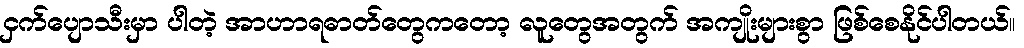
ငှက်ပျောသီးမှာ ပါတဲ့ အာဟာရဓာတ်တွေကတော့ လူတွေအတွက် အကျိုးများစွာ ဖြစ်စေနိုင်ပါတယ်။